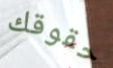
حقوقك